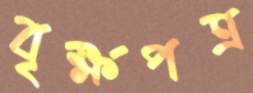
বৃক্ষপত্র